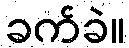
ခက်ခဲ။